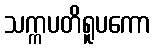
သက္ကပတိရူပကော